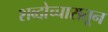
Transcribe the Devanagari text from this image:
शब्दोच्चारातून